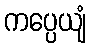
ကပ္ပေယျံ